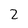
Character: 2